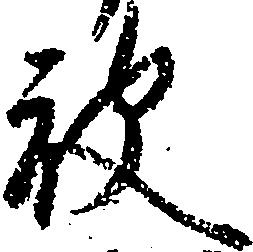
被